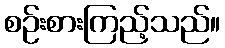
စဉ်းစားကြည့်သည်။